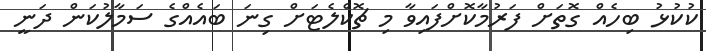
ކުކުޅު ބިހެއް ގޮތަށް ފަރުމާކޮށްފައިވާ މި ޗޮކްލެޓަށް ގިނަ ބައެއްގެ ސަމާލުކަން ދަނީ